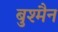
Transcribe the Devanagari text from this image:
बुश्मैन